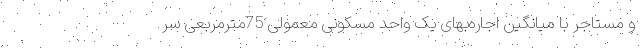
و مستاجر با میانگین اجاره‌‌بهای یک واحد مسکونی معمولی 75مترمربعی سر